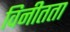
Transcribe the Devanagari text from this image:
विनीतता